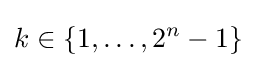
k\in \{1,\ldots ,2^{n}-1\}